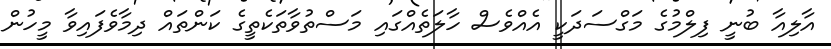
އާލިއާ ބުނީ ފިލްމުގެ މަގްސަދަކީ އެއްވެސް ހާލަތެއްގައި މަސްތުވާތަކެތީގެ ކަންތައް ދިމާވެފައިވާ މީހުން